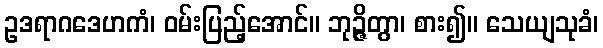
ဥဒရာဂဒေဟကံ၊ ဝမ်းပြည့်အောင်။ ဘုဉ္ဇိတွာ၊ စား၍။ သေယျသုခံ၊